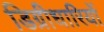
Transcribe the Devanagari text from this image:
डिग्रीधारियों